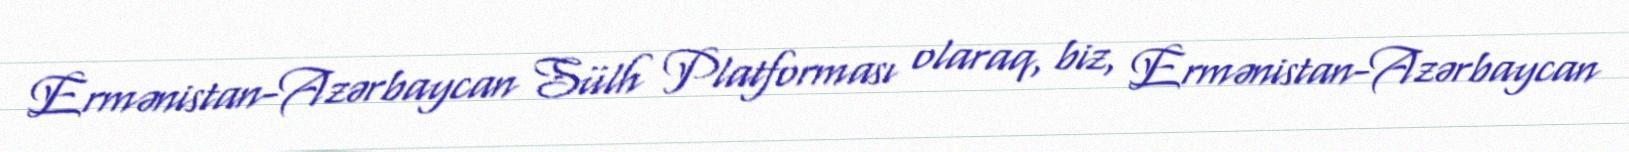
Ermənistan-Azərbaycan Sülh Platforması olaraq, biz, Ermənistan-Azərbaycan